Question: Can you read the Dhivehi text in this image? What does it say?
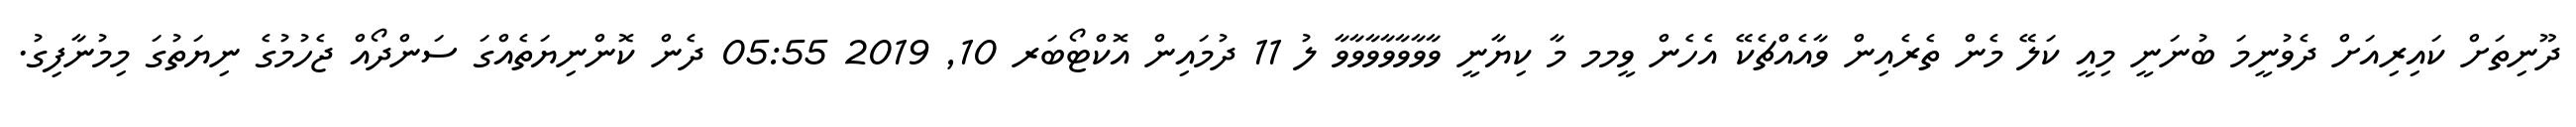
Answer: ދޫނިތަށް ކައިރިއަށް ދެވުނީމަ ބުނަނީ މިއީ ކަލޭ މެން ތެރެއިން ވާއެއްޗެކޭ އެހެން ވީމމ މާ ކިޔާނީ ވާވާވާވާވާވާވާ ލު 11 ދުމައިން އޮކްޓޯބަރ 10, 2019 05:55 ދެން ކޮންނިޔަތެއްގަ ސަންދޯއް ޖެހުމުގެ ނިޔަތުގަ މިމުނާފިގު.